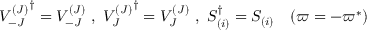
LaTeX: { V _ { - J } ^ { ( J ) } } ^ { \dag } = V _ { - J } ^ { ( J ) } \ , \ { V _ { J } ^ { ( J ) } } ^ { \dag } = V _ { J } ^ { ( J ) } \ , \ S _ { ( i ) } ^ { \dag } = S _ { ( i ) } \quad ( \varpi = - \varpi ^ { \ast } )